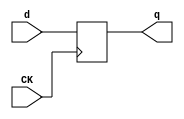
//# 35 inputs
//# 24 outputs
//# 19 D-type flipflops
//# 272 inverters
//# 107 gates (90 ANDs + 4 NANDs + 13 ORs + 0 NORs)

module dff(CK,q,d);
input CK,d;
output reg q;
always @ (posedge CK)
q<=d;
endmodule

module s641(GND,VDD,CK,G1,G10,G100BF,G101BF,G103BF,G104BF,G105BF,G106BF,G107,
  G11,G12,G13,
  G138,G14,G15,G16,G17,G18,G19,G2,G20,G21,G22,G23,G24,G25,G26,G27,G28,G29,G3,
  G30,G31,G32,G33,G34,G35,G36,G4,G5,G6,G8,G83,G84,G85,G86BF,G87BF,G88BF,G89BF,
  G9,G90,G91,G92,G94,G95BF,G96BF,G97BF,G98BF,G99BF);
input GND,VDD,CK,G1,G2,G3,G4,G5,G6,G8,G9,G10,G11,G12,G13,G14,G15,G16,G17,G18,
  G19,G20,G21,
  G22,G23,G24,G25,G26,G27,G28,G29,G30,G31,G32,G33,G34,G35,G36;
output G91,G94,G107,G83,G84,G85,G100BF,G98BF,G96BF,G92,G87BF,G89BF,G101BF,
  G106BF,G97BF,G104BF,G88BF,G99BF,G105BF,G138,G86BF,G95BF,G103BF,G90;

  wire G64,G380,G65,G262,G66,G394,G67,G250,G68,G122,G69,G133,G70,G71,G139,G72,
    G140,G73,G141,G74,G142,G75,G125,G76,G126,G77,G127,G78,G128,G79,G129,G80,
    G130,G81,G131,G82,G132,IIII633,G366,G379,IIII643,IIII646,IIII649,IIII652,
    IIII655,IIII660,IIII680,IIII684,IIII687,II165,IIII178,II169,II172,II175,
    II178,II181,II184,II187,II190,II193,II196,II199,II202,II205,II208,II211,
    G352,G360,G361,G362,G363,G364,G367,G386,G388,G389,G113,G115,G117,G219,G119,
    G221,G121,G223,G209,G109,G211,G111,G213,G215,G217,G110,G114,G118,G216,G218,
    G220,G222,G365,G368,G387,G225,G390,IIII356,G289,II254,G324,II257,II260,
    G338,II263,II266,G344,II269,II272,G312,II275,G315,II278,G318,II281,G321,
    G143,G166,G325,G194,G339,G202,G345,G313,G316,G319,G322,II303,IIII299,G281,
    IIII313,G283,II287,II291,II295,G350,IIII301,IIII315,G381,G100,G375,G98,
    G371,G96,G135,G137,G382,G376,G372,II321,II324,G329,G333,G87,IIII406,G89,
    IIII422,G173,G183,II335,II338,G174,G184,II341,G359,G355,G108,G356,G116,
    II354,G293,II357,II360,G309,II363,G146,G294,G162,G310,II366,G341,II369,
    II372,G303,II375,II378,II382,G198,G342,G154,G304,G383,G101,G396,G106,II386,
    II390,G384,G397,G373,G97,G392,G104,IIII476,IIII279,G278,G374,G393,G224,
    IIII306,G282,II373,G237,G286,IIII208,IIII308,IIII334,IIII327,G285,IIII210,
    G136,IIII336,IIII329,II442,G331,G88,IIII414,G178,II449,G179,II452,G357,
    G358,G112,II460,G335,II463,II466,G306,II469,G190,G336,G158,G307,II472,
    II476,G395,G377,G99,IIII272,G277,G105,G378,IIII265,G276,IIII292,G280,II440,
    G235,G284,IIII294,IIII320,IIII285,G279,G134,IIII322,IIII287,II517,G327,G86,
    IIII398,G168,II524,G169,II527,G353,G354,G120,II535,G347,II538,II541,G300,
    II544,G206,G348,G150,G301,II547,II551,G391,G369,G95,G103,G370,IIII258,G275,
    IIII230,G271,II511,G239,G288,IIII237,G272,IIII244,G273,IIII251,G274,
    IIII348,IIII341,G287,IIII222,G270,IIII350,IIII343,IIII224,G124,II608,G298,
    G231,G232,G233,G234,G247,G248,G263,G264,G214,G210,G266,G229,G245,G249,
    IIII533,G227,G243,G265,G236,G252,IIII527,G212,G228,G244,IIII515,G261,
    IIII512,IIII538,G256,G230,G246,G208,G226,G242,IIII553,IIII518,IIII521,
    IIII524,IIII495,G257,IIII537,G258,G259,G260,G241,G267,G238,G254,IIII546;

  dff DFF_0(CK,G64,G380);
  dff DFF_1(CK,G65,G262);
  dff DFF_2(CK,G66,G394);
  dff DFF_3(CK,G67,G250);
  dff DFF_4(CK,G68,G122);
  dff DFF_5(CK,G69,G133);
  dff DFF_6(CK,G70,G138);
  dff DFF_7(CK,G71,G139);
  dff DFF_8(CK,G72,G140);
  dff DFF_9(CK,G73,G141);
  dff DFF_10(CK,G74,G142);
  dff DFF_11(CK,G75,G125);
  dff DFF_12(CK,G76,G126);
  dff DFF_13(CK,G77,G127);
  dff DFF_14(CK,G78,G128);
  dff DFF_15(CK,G79,G129);
  dff DFF_16(CK,G80,G130);
  dff DFF_17(CK,G81,G131);
  dff DFF_18(CK,G82,G132);
  not NOT_0(IIII633,G1);
  not NOT_1(G366,G2);
  not NOT_2(G379,G3);
  not NOT_3(IIII643,G4);
  not NOT_4(IIII646,G5);
  not NOT_5(IIII649,G6);
  not NOT_6(IIII652,G8);
  not NOT_7(IIII655,G9);
  not NOT_8(IIII660,G10);
  not NOT_9(IIII680,G11);
  not NOT_10(IIII684,G12);
  not NOT_11(IIII687,G13);
  not NOT_12(II165,G27);
  not NOT_13(IIII178,G29);
  not NOT_14(II169,G70);
  not NOT_15(II172,G71);
  not NOT_16(II175,G72);
  not NOT_17(II178,G80);
  not NOT_18(II181,G73);
  not NOT_19(II184,G81);
  not NOT_20(II187,G74);
  not NOT_21(II190,G82);
  not NOT_22(II193,G75);
  not NOT_23(II196,G68);
  not NOT_24(II199,G76);
  not NOT_25(II202,G69);
  not NOT_26(II205,G77);
  not NOT_27(II208,G78);
  not NOT_28(II211,G79);
  not NOT_29(G352,IIII633);
  not NOT_30(G360,IIII643);
  not NOT_31(G361,IIII646);
  not NOT_32(G362,IIII649);
  not NOT_33(G363,IIII652);
  not NOT_34(G364,IIII655);
  not NOT_35(G367,IIII660);
  not NOT_36(G386,IIII680);
  not NOT_37(G388,IIII684);
  not NOT_38(G389,IIII687);
  not NOT_39(G91,II165);
  not NOT_40(G94,IIII178);
  not NOT_41(G113,II169);
  not NOT_42(G115,II172);
  not NOT_43(G117,II175);
  not NOT_44(G219,II178);
  not NOT_45(G119,II181);
  not NOT_46(G221,II184);
  not NOT_47(G121,II187);
  not NOT_48(G223,II190);
  not NOT_49(G209,II193);
  not NOT_50(G109,II196);
  not NOT_51(G211,II199);
  not NOT_52(G111,II202);
  not NOT_53(G213,II205);
  not NOT_54(G215,II208);
  not NOT_55(G217,II211);
  not NOT_56(G110,G360);
  not NOT_57(G114,G360);
  not NOT_58(G118,G360);
  not NOT_59(G216,G360);
  not NOT_60(G218,G360);
  not NOT_61(G220,G360);
  not NOT_62(G222,G360);
  not NOT_63(G365,G364);
  not NOT_64(G368,G367);
  not NOT_65(G387,G386);
  not NOT_66(G225,G388);
  not NOT_67(G390,G389);
  not NOT_68(IIII356,G289);
  not NOT_69(II254,G324);
  not NOT_70(II257,G324);
  not NOT_71(II260,G338);
  not NOT_72(II263,G338);
  not NOT_73(II266,G344);
  not NOT_74(II269,G344);
  not NOT_75(II272,G312);
  not NOT_76(II275,G315);
  not NOT_77(II278,G318);
  not NOT_78(II281,G321);
  not NOT_79(G143,IIII356);
  not NOT_80(G166,II254);
  not NOT_81(G325,II257);
  not NOT_82(G194,II260);
  not NOT_83(G339,II263);
  not NOT_84(G202,II266);
  not NOT_85(G345,II269);
  not NOT_86(G313,II272);
  not NOT_87(G316,II275);
  not NOT_88(G319,II278);
  not NOT_89(G322,II281);
  not NOT_90(II303,G143);
  not NOT_91(IIII299,G281);
  not NOT_92(IIII313,G283);
  not NOT_93(II287,G166);
  not NOT_94(II291,G194);
  not NOT_95(II295,G202);
  not NOT_96(G350,II303);
  not NOT_97(IIII301,IIII299);
  not NOT_98(IIII315,IIII313);
  not NOT_99(G381,II287);
  not NOT_100(G100BF,G100);
  not NOT_101(G375,II291);
  not NOT_102(G98BF,G98);
  not NOT_103(G371,II295);
  not NOT_104(G96BF,G96);
  not NOT_105(G135,IIII301);
  not NOT_106(G137,IIII315);
  not NOT_107(G382,G381);
  not NOT_108(G376,G375);
  not NOT_109(G372,G371);
  not NOT_110(II321,G135);
  not NOT_111(II324,G137);
  not NOT_112(G329,II321);
  not NOT_113(G333,II324);
  not NOT_114(G87BF,G87);
  not NOT_115(IIII406,G87);
  not NOT_116(G89BF,G89);
  not NOT_117(IIII422,G89);
  not NOT_118(G173,IIII406);
  not NOT_119(G183,IIII422);
  not NOT_120(II335,G173);
  not NOT_121(II338,G183);
  not NOT_122(G174,II335);
  not NOT_123(G184,II338);
  not NOT_124(II341,G174);
  not NOT_125(G359,G184);
  not NOT_126(G355,II341);
  not NOT_127(G108,G359);
  not NOT_128(G356,G355);
  not NOT_129(G116,G356);
  not NOT_130(II354,G293);
  not NOT_131(II357,G293);
  not NOT_132(II360,G309);
  not NOT_133(II363,G309);
  not NOT_134(G146,II354);
  not NOT_135(G294,II357);
  not NOT_136(G162,II360);
  not NOT_137(G310,II363);
  not NOT_138(II366,G341);
  not NOT_139(II369,G341);
  not NOT_140(II372,G303);
  not NOT_141(II375,G303);
  not NOT_142(II378,G146);
  not NOT_143(II382,G162);
  not NOT_144(G198,II366);
  not NOT_145(G342,II369);
  not NOT_146(G154,II372);
  not NOT_147(G304,II375);
  not NOT_148(G383,II378);
  not NOT_149(G101BF,G101);
  not NOT_150(G396,II382);
  not NOT_151(G106BF,G106);
  not NOT_152(II386,G198);
  not NOT_153(II390,G154);
  not NOT_154(G384,G383);
  not NOT_155(G397,G396);
  not NOT_156(G373,II386);
  not NOT_157(G97BF,G97);
  not NOT_158(G392,II390);
  not NOT_159(G104BF,G104);
  not NOT_160(IIII476,G384);
  not NOT_161(IIII279,G278);
  not NOT_162(G374,G373);
  not NOT_163(G393,G392);
  not NOT_164(G224,IIII476);
  not NOT_165(G132,IIII279);
  not NOT_166(IIII306,G282);
  not NOT_167(II373,G237);
  not NOT_168(G286,II373);
  not NOT_169(IIII208,G224);
  not NOT_170(IIII308,IIII306);
  not NOT_171(IIII334,G286);
  not NOT_172(IIII327,G285);
  not NOT_173(IIII210,IIII208);
  not NOT_174(G136,IIII308);
  not NOT_175(IIII336,IIII334);
  not NOT_176(IIII329,IIII327);
  not NOT_177(G122,IIII210);
  not NOT_178(II442,G136);
  not NOT_179(G140,IIII336);
  not NOT_180(G139,IIII329);
  not NOT_181(G331,II442);
  not NOT_182(G88BF,G88);
  not NOT_183(IIII414,G88);
  not NOT_184(G178,IIII414);
  not NOT_185(II449,G178);
  not NOT_186(G179,II449);
  not NOT_187(II452,G179);
  not NOT_188(G357,II452);
  not NOT_189(G358,G357);
  not NOT_190(G112,G358);
  not NOT_191(II460,G335);
  not NOT_192(II463,G335);
  not NOT_193(II466,G306);
  not NOT_194(II469,G306);
  not NOT_195(G190,II460);
  not NOT_196(G336,II463);
  not NOT_197(G158,II466);
  not NOT_198(G307,II469);
  not NOT_199(II472,G190);
  not NOT_200(II476,G158);
  not NOT_201(G395,G158);
  not NOT_202(G377,II472);
  not NOT_203(G99BF,G99);
  not NOT_204(G394,II476);
  not NOT_205(IIII272,G277);
  not NOT_206(G105BF,G105);
  not NOT_207(G378,G377);
  not NOT_208(G131,IIII272);
  not NOT_209(IIII265,G276);
  not NOT_210(IIII292,G280);
  not NOT_211(G130,IIII265);
  not NOT_212(II440,G235);
  not NOT_213(G284,II440);
  not NOT_214(IIII294,IIII292);
  not NOT_215(IIII320,G284);
  not NOT_216(IIII285,G279);
  not NOT_217(G134,IIII294);
  not NOT_218(IIII322,IIII320);
  not NOT_219(IIII287,IIII285);
  not NOT_220(II517,G134);
  not NOT_221(G138,IIII322);
  not NOT_222(G133,IIII287);
  not NOT_223(G327,II517);
  not NOT_224(G86BF,G86);
  not NOT_225(IIII398,G86);
  not NOT_226(G168,IIII398);
  not NOT_227(II524,G168);
  not NOT_228(G169,II524);
  not NOT_229(II527,G169);
  not NOT_230(G353,II527);
  not NOT_231(G354,G353);
  not NOT_232(G120,G354);
  not NOT_233(II535,G347);
  not NOT_234(II538,G347);
  not NOT_235(II541,G300);
  not NOT_236(II544,G300);
  not NOT_237(G206,II535);
  not NOT_238(G348,II538);
  not NOT_239(G150,II541);
  not NOT_240(G301,II544);
  not NOT_241(II547,G206);
  not NOT_242(II551,G150);
  not NOT_243(G391,G150);
  not NOT_244(G369,II547);
  not NOT_245(G95BF,G95);
  not NOT_246(G380,II551);
  not NOT_247(G103BF,G103);
  not NOT_248(G370,G369);
  not NOT_249(IIII258,G275);
  not NOT_250(G129,IIII258);
  not NOT_251(IIII230,G271);
  not NOT_252(II511,G239);
  not NOT_253(G288,II511);
  not NOT_254(IIII237,G272);
  not NOT_255(IIII244,G273);
  not NOT_256(IIII251,G274);
  not NOT_257(G125,IIII230);
  not NOT_258(IIII348,G288);
  not NOT_259(IIII341,G287);
  not NOT_260(G126,IIII237);
  not NOT_261(G127,IIII244);
  not NOT_262(G128,IIII251);
  not NOT_263(IIII222,G270);
  not NOT_264(IIII350,IIII348);
  not NOT_265(IIII343,IIII341);
  not NOT_266(IIII224,IIII222);
  not NOT_267(G142,IIII350);
  not NOT_268(G141,IIII343);
  not NOT_269(G124,IIII224);
  not NOT_270(II608,G124);
  not NOT_271(G298,II608);
  and AND3_0(G289,G386,G388,G389);
  and AND2_0(G324,G110,G111);
  and AND2_1(G338,G114,G115);
  and AND2_2(G344,G118,G119);
  and AND2_3(G312,G216,G217);
  and AND2_4(G315,G218,G219);
  and AND2_5(G318,G220,G221);
  and AND2_6(G321,G222,G223);
  and AND2_7(G231,G379,G387);
  and AND2_8(G232,G379,G387);
  and AND2_9(G233,G379,G387);
  and AND2_10(G234,G379,G387);
  and AND4_0(G247,G379,G365,G368,G390);
  and AND4_1(G248,G379,G365,G367,G390);
  and AND4_2(G263,G379,G364,G368,G390);
  and AND4_3(G264,G379,G364,G367,G390);
  and AND2_11(G100,G325,G35);
  and AND2_12(G98,G339,G33);
  and AND2_13(G96,G345,G31);
  and AND2_14(G107,G313,G18);
  and AND2_15(G83,G316,G19);
  and AND2_16(G84,G319,G20);
  and AND2_17(G85,G322,G21);
  and AND2_18(G92,G350,G28);
  and AND2_19(G87,G329,G23);
  and AND2_20(G89,G333,G25);
  and AND2_21(G293,G108,G109);
  and AND2_22(G309,G214,G215);
  and AND2_23(G341,G116,G117);
  and AND2_24(G303,G210,G211);
  and AND2_25(G101,G294,G36);
  and AND2_26(G106,G310,G17);
  and AND2_27(G97,G342,G32);
  and AND2_28(G104,G304,G15);
  and AND4_4(G266,G364,G367,G383,G390);
  and AND2_29(G229,G366,G396);
  and AND2_30(G245,G352,G396);
  and AND2_31(G250,G366,G396);
  and AND2_32(G278,G366,G396);
  and AND3_1(G249,G366,G66,G397);
  and AND3_2(IIII533,G365,G367,G373);
  and AND2_33(G227,G366,G392);
  and AND2_34(G243,G392,G361);
  and AND3_3(G265,G375,G390,IIII533);
  and AND2_35(G236,G374,G376);
  and AND2_36(G237,G374,G375);
  and AND2_37(G252,G355,G374);
  and AND3_4(IIII527,G366,G64,G393);
  and AND2_38(G88,G331,G24);
  and AND2_39(G335,G112,G113);
  and AND2_40(G306,G212,G213);
  and AND2_41(G99,G336,G34);
  and AND2_42(G228,G366,G158);
  and AND2_43(G244,G158,G362);
  and AND3_5(G277,G366,G158,G397);
  and AND2_44(G105,G307,G16);
  and AND3_6(IIII515,G393,G395,G397);
  and AND3_7(G261,G395,G397,IIII527);
  and AND4_5(G262,G366,G392,G395,G397);
  and AND4_6(G276,G366,G392,G395,G397);
  and AND3_8(IIII512,G364,G368,G377);
  and AND4_7(IIII538,G377,G381,G383,G387);
  and AND3_9(G256,G381,G390,IIII512);
  and AND2_45(G230,G378,G382);
  and AND2_46(G235,G378,G381);
  and AND2_47(G246,G357,G378);
  and AND2_48(G86,G327,G22);
  and AND2_49(G347,G120,G121);
  and AND2_50(G300,G208,G209);
  and AND2_51(G95,G348,G30);
  and AND2_52(G226,G366,G150);
  and AND2_53(G242,G150,G363);
  and AND3_10(IIII553,G366,G150,G393);
  and AND2_54(G103,G301,G14);
  and AND3_11(G275,G395,G397,IIII553);
  and AND3_12(IIII518,G391,G395,G397);
  and AND3_13(IIII521,G391,G393,G397);
  and AND3_14(IIII524,G352,G391,G393);
  and AND3_15(IIII495,G365,G368,G369);
  and AND4_8(G257,G363,G369,G371,IIII515);
  and AND4_9(IIII537,G369,G371,G373,G375);
  and AND4_10(G258,G361,G373,G375,IIII518);
  and AND4_11(G259,G362,G377,G381,IIII521);
  and AND3_16(G260,G395,G383,IIII524);
  and AND3_17(G241,G371,G390,IIII495);
  and AND2_55(G267,IIII537,IIII538);
  and AND2_56(G238,G370,G372);
  and AND2_57(G239,G370,G371);
  and AND2_58(G254,G353,G370);
  and AND2_59(G90,G298,G26);
  or OR3_0(G281,G232,G248,G65);
  or OR3_1(G283,G234,G67,G264);
  or OR3_2(G282,G233,G249,G263);
  or OR2_0(G285,G236,G252);
  or OR3_3(G280,G231,G247,G261);
  or OR2_1(G279,G230,G246);
  or OR3_4(G271,G226,G242,G257);
  or OR3_5(G272,G227,G243,G258);
  or OR3_6(G273,G228,G244,G259);
  or OR3_7(G274,G229,G245,G260);
  or OR3_8(IIII546,G225,G241,G256);
  or OR2_2(G287,G238,G254);
  or OR4_0(G270,G265,G266,G267,IIII546);
  nand NAND2_0(G214,G379,G359);
  nand NAND2_1(G210,G379,G356);
  nand NAND2_2(G212,G379,G358);
  nand NAND2_3(G208,G379,G354);

endmodule